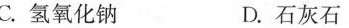
C.氢氧化钠 D.石灰石